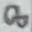
Text: 8